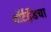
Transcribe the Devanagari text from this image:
शॉर्टहँडचा